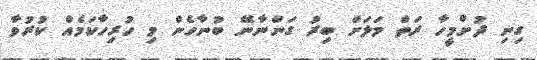
ގިނި ދުށްމީހާ ރަތް މަލަށް ބިރު ގަންނާނޭ ބުނާހެން މި ހުރިހާކަމެއް ކުރުވާ